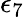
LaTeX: \epsilon_{7}